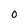
Character: O